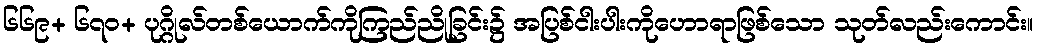
၆၆၉+ ၆၇၀+ ပုဂ္ဂိုလ်တစ်ယောက်ကိုကြည်ညိုခြင်း၌ အပြစ်ငါးပါးကိုဟောရာဖြစ်သော သုတ်လည်းကောင်း။